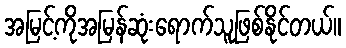
အမြင့်ကိုအမြန်ဆုံးရောက်သူဖြစ်နိုင်တယ်။